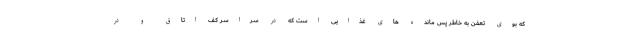
که بوی تعفن به خاطر پس مانده های غذایی است که در سراسر کف اتاق و در